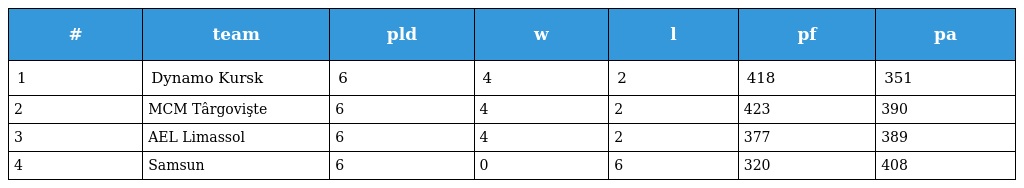
| # | team | pld | w | l | pf | pa |
 | --- | --- | --- | --- | --- | --- | --- |
 | 1 | Dynamo Kursk | 6 | 4 | 2 | 418 | 351 |
 | 2 | MCM Târgovişte | 6 | 4 | 2 | 423 | 390 |
 | 3 | AEL Limassol | 6 | 4 | 2 | 377 | 389 |
 | 4 | Samsun | 6 | 0 | 6 | 320 | 408 |